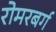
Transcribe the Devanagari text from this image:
रोमरबर्ग